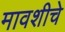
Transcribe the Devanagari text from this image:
मावशीचे